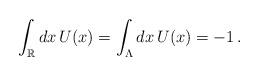
LaTeX: \begin{align*}\int_{\mathbb{R}} dx\,U(x)=\int_{\Lambda} dx \, U(x)=-1\,.\end{align*}